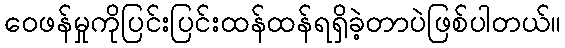
ဝေဖန်မှုကိုပြင်းပြင်းထန်ထန်ရရှိခဲ့တာပဲဖြစ်ပါတယ်။